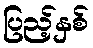
ပြည့်နှစ်